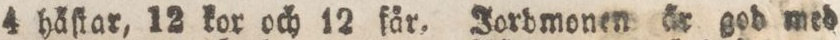
4 häſtar, 12 kor och 12 får. Jordmonen år god med